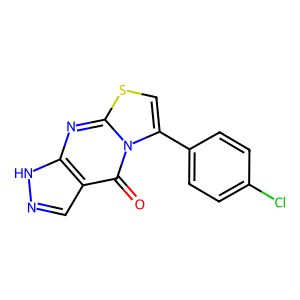
SMILES: O=c1c2cn[nH]c2nc2scc(-c3ccc(Cl)cc3)n12
Inhibits HIV replication: No